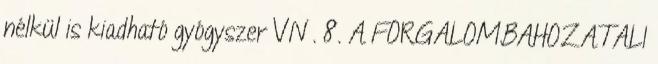
nélkül is kiadható gyógyszer VN . 8. A FORGALOMBAHOZATALI